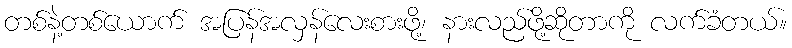
တစ်နဲ့တစ်ယောက် အပြန်အလှန်လေးစားဖို့၊ နားလည်ဖို့ဆိုတာကို လက်ခံတယ်။